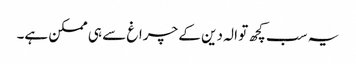
یہ سب کچھ تو الہ دین کے چراغ سے ہی ممکن ہے۔